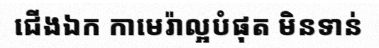
ជើងឯក កាមេរ៉ាល្អបំផុត មិនទាន់